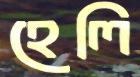
হেলি